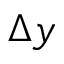
\Delta y